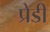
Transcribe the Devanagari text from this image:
प्रेडी